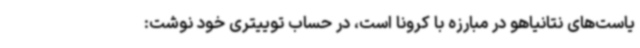
یاست‌های نتانیاهو در مبارزه با کرونا است، در حساب توییتری خود نوشت: